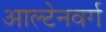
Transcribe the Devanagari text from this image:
आल्टेनवर्ग